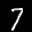
Label: 7